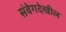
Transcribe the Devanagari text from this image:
संवेगदेखील